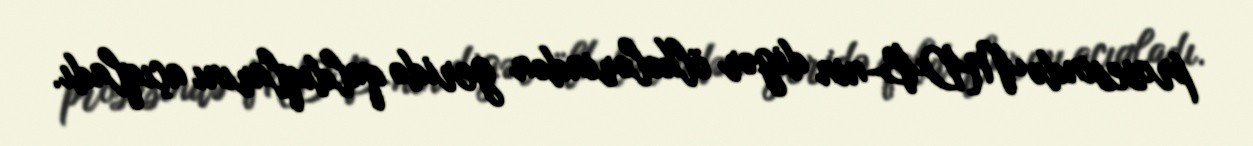
prosesində MDB-nin digər ölkələrindən geridə qaldıqlarını açıqladı.